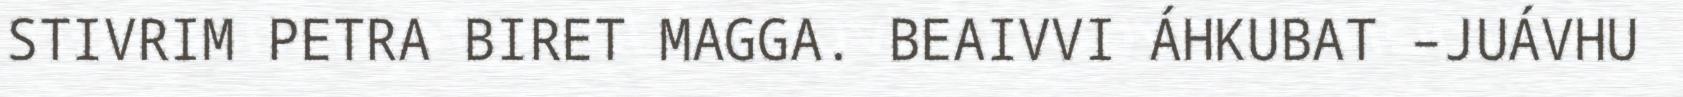
STIVRIM PETRA BIRET MAGGA. BEAIVVI ÁHKUBAT –JUÁVHU